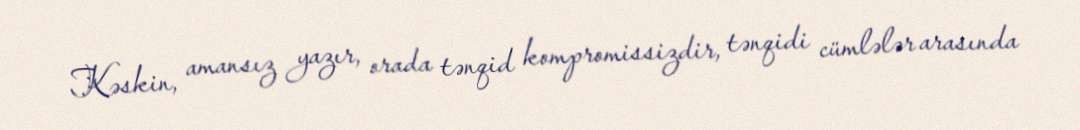
Kəskin, amansız yazır, orada tənqid kompromissizdir, tənqidi cümlələr arasında